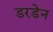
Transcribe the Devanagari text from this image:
डरडेन